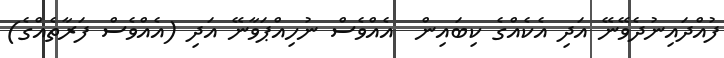
ފުއްދައިނުދެވޭނޭ އަދި އެކެއްގެ ކިބައިން  އެއްވެސް ނުހިއްޕަވާނޭ އަދި (އެއްވެސް ފަރާތެއްގެ)